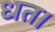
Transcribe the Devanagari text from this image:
धत।